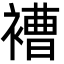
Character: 褿